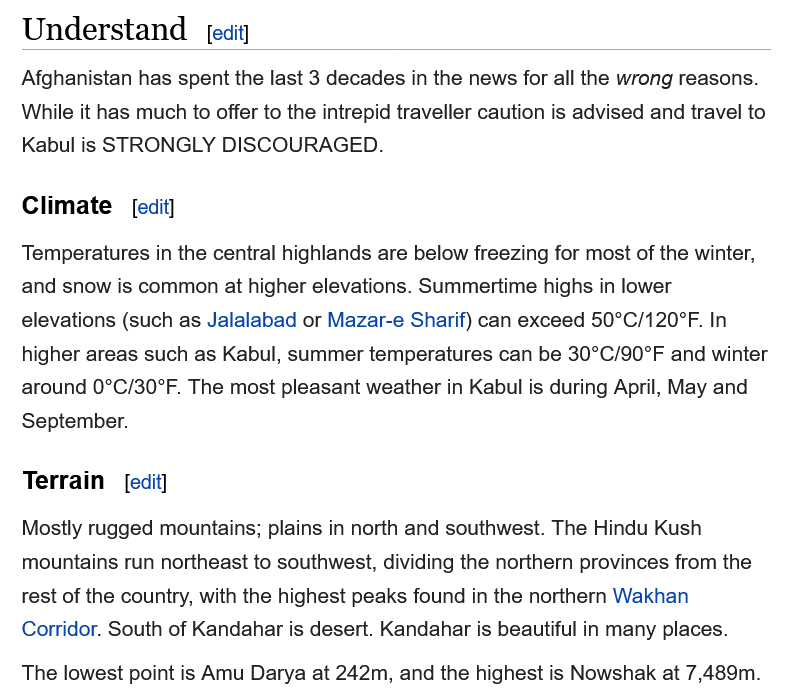
Understand
   Afghanistan has spent the last 3 decades in the news for all the wrong reasons
   While it has much to offer to the intrepid traveller caution is advised and travel t
   Kabul is STRONGLY  DISCOURAGED.
   Climate
   Temperatures in the central highlands are below freezing for most of the winter,
   and snow is common at higher elevations. Summertime highs in lower
   elevations (such as Jalalabad or Mazar-e Sharif) can exceed 50°C/120°F. In
   higher areas such as Kabul, summer temperatures can be 30°C/90°F and winter
   around 0°C/30°F. The most pleasant weather in Kabul is during April, May and
   September.
   Terrain
   Mostly rugged mountains; plains in north and southwest. The Hindu Kush
   mountains run northeast to southwest, dividing the northern provinces from the
   rest of the country, with the highest peaks found in the northern Wakhan
   Corridor. South of Kandahar is desert. Kandahar is beautiful in many places.
   The lowest point is Amu Darya at 242m, and the highest is Nowshak at 7,489m.
     edit]
     [edit]
     [edit]